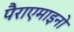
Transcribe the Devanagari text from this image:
पैराएमाइनो